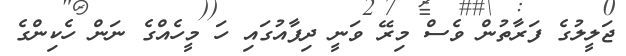
ޖަލީލުގެ ފަރާތުން ވެސް މިރޭ ވަނީ ދިފާއުގައި ހަ މީހެއްގެ ނަން ހެކިންގެ